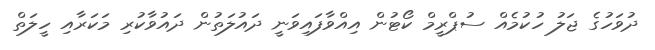
ދުވަހުގެ ޖަލު ހުކުމެއް ސުޕްރީމް ކޯޓުން އިއްވާފައިވަނީ ދައުލަތުން ދައުވާކުރި މަކަރާއި ހީލަތް